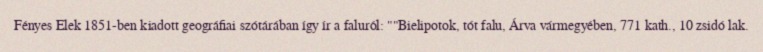
Fényes Elek 1851-ben kiadott geográfiai szótárában így ír a faluról: ""Bielipotok, tót falu, Árva vármegyében, 771 kath., 10 zsidó lak.